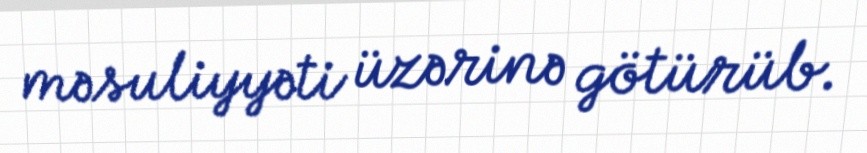
məsuliyyəti üzərinə götürüb.